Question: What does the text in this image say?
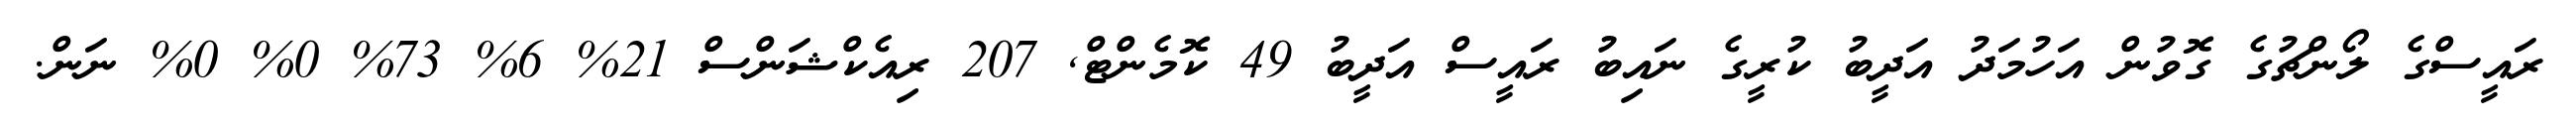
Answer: ރައީސްގެ ލޯންޗުގެ ގޮވުން އަހުމަދު އަދީބު ކުރީގެ ނައިބު ރައީސް އަދީބު 49 ކޮމެންޓް, 207 ރިއެކްޝަންސް 21% 6% 73% 0% 0% ނަން.